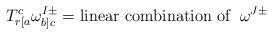
LaTeX: \begin{align*}T^c_{r[a}\omega^{I\pm}_{b]c}=\mbox{linear combination of}\;\;\omega^{J\pm}\end{align*}